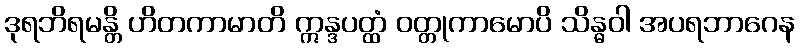
ဒုရဘိရမန္တိ ဟိတကာမာတိ ဣန္ဒပတ္ထံ ဝတ္တုကာမောပိ သိန္ဓဝါ အပရဘာဂေန